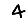
Digit: 4